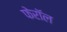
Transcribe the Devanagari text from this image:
फेरॉल